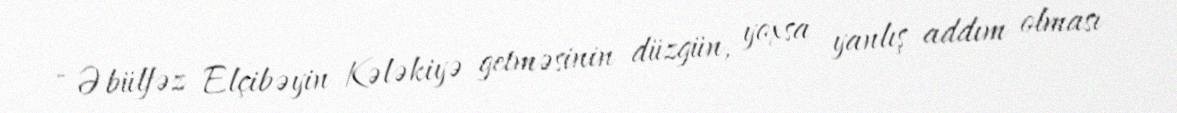
- Əbülfəz Elçibəyin Kələkiyə getməsinin düzgün, yoxsa yanlış addım olması